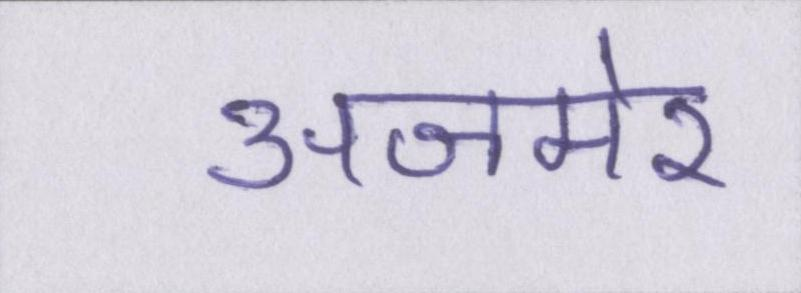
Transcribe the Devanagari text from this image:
अजमेर